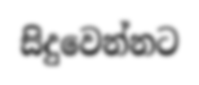
සිදුවෙන්නට